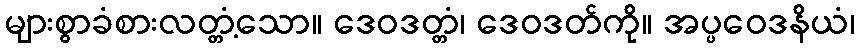
များစွာခံစားလတ္တံ့သော။ ဒေဝဒတ္တံ၊ ဒေဝဒတ်ကို။ အပ္ပဝေဒနိယံ၊